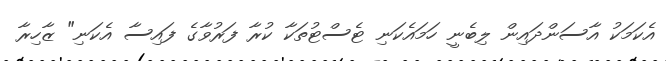
އެކަމަކު އާސަންދައިން ލިބެނީ ހަމައެކަނި ޓެސްޓުތަކާ ކުރާ ފަރުވާގެ ފައިސާ އެކަނި" ޒާހިރާ